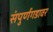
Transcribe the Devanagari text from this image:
संपुर्णगडावर